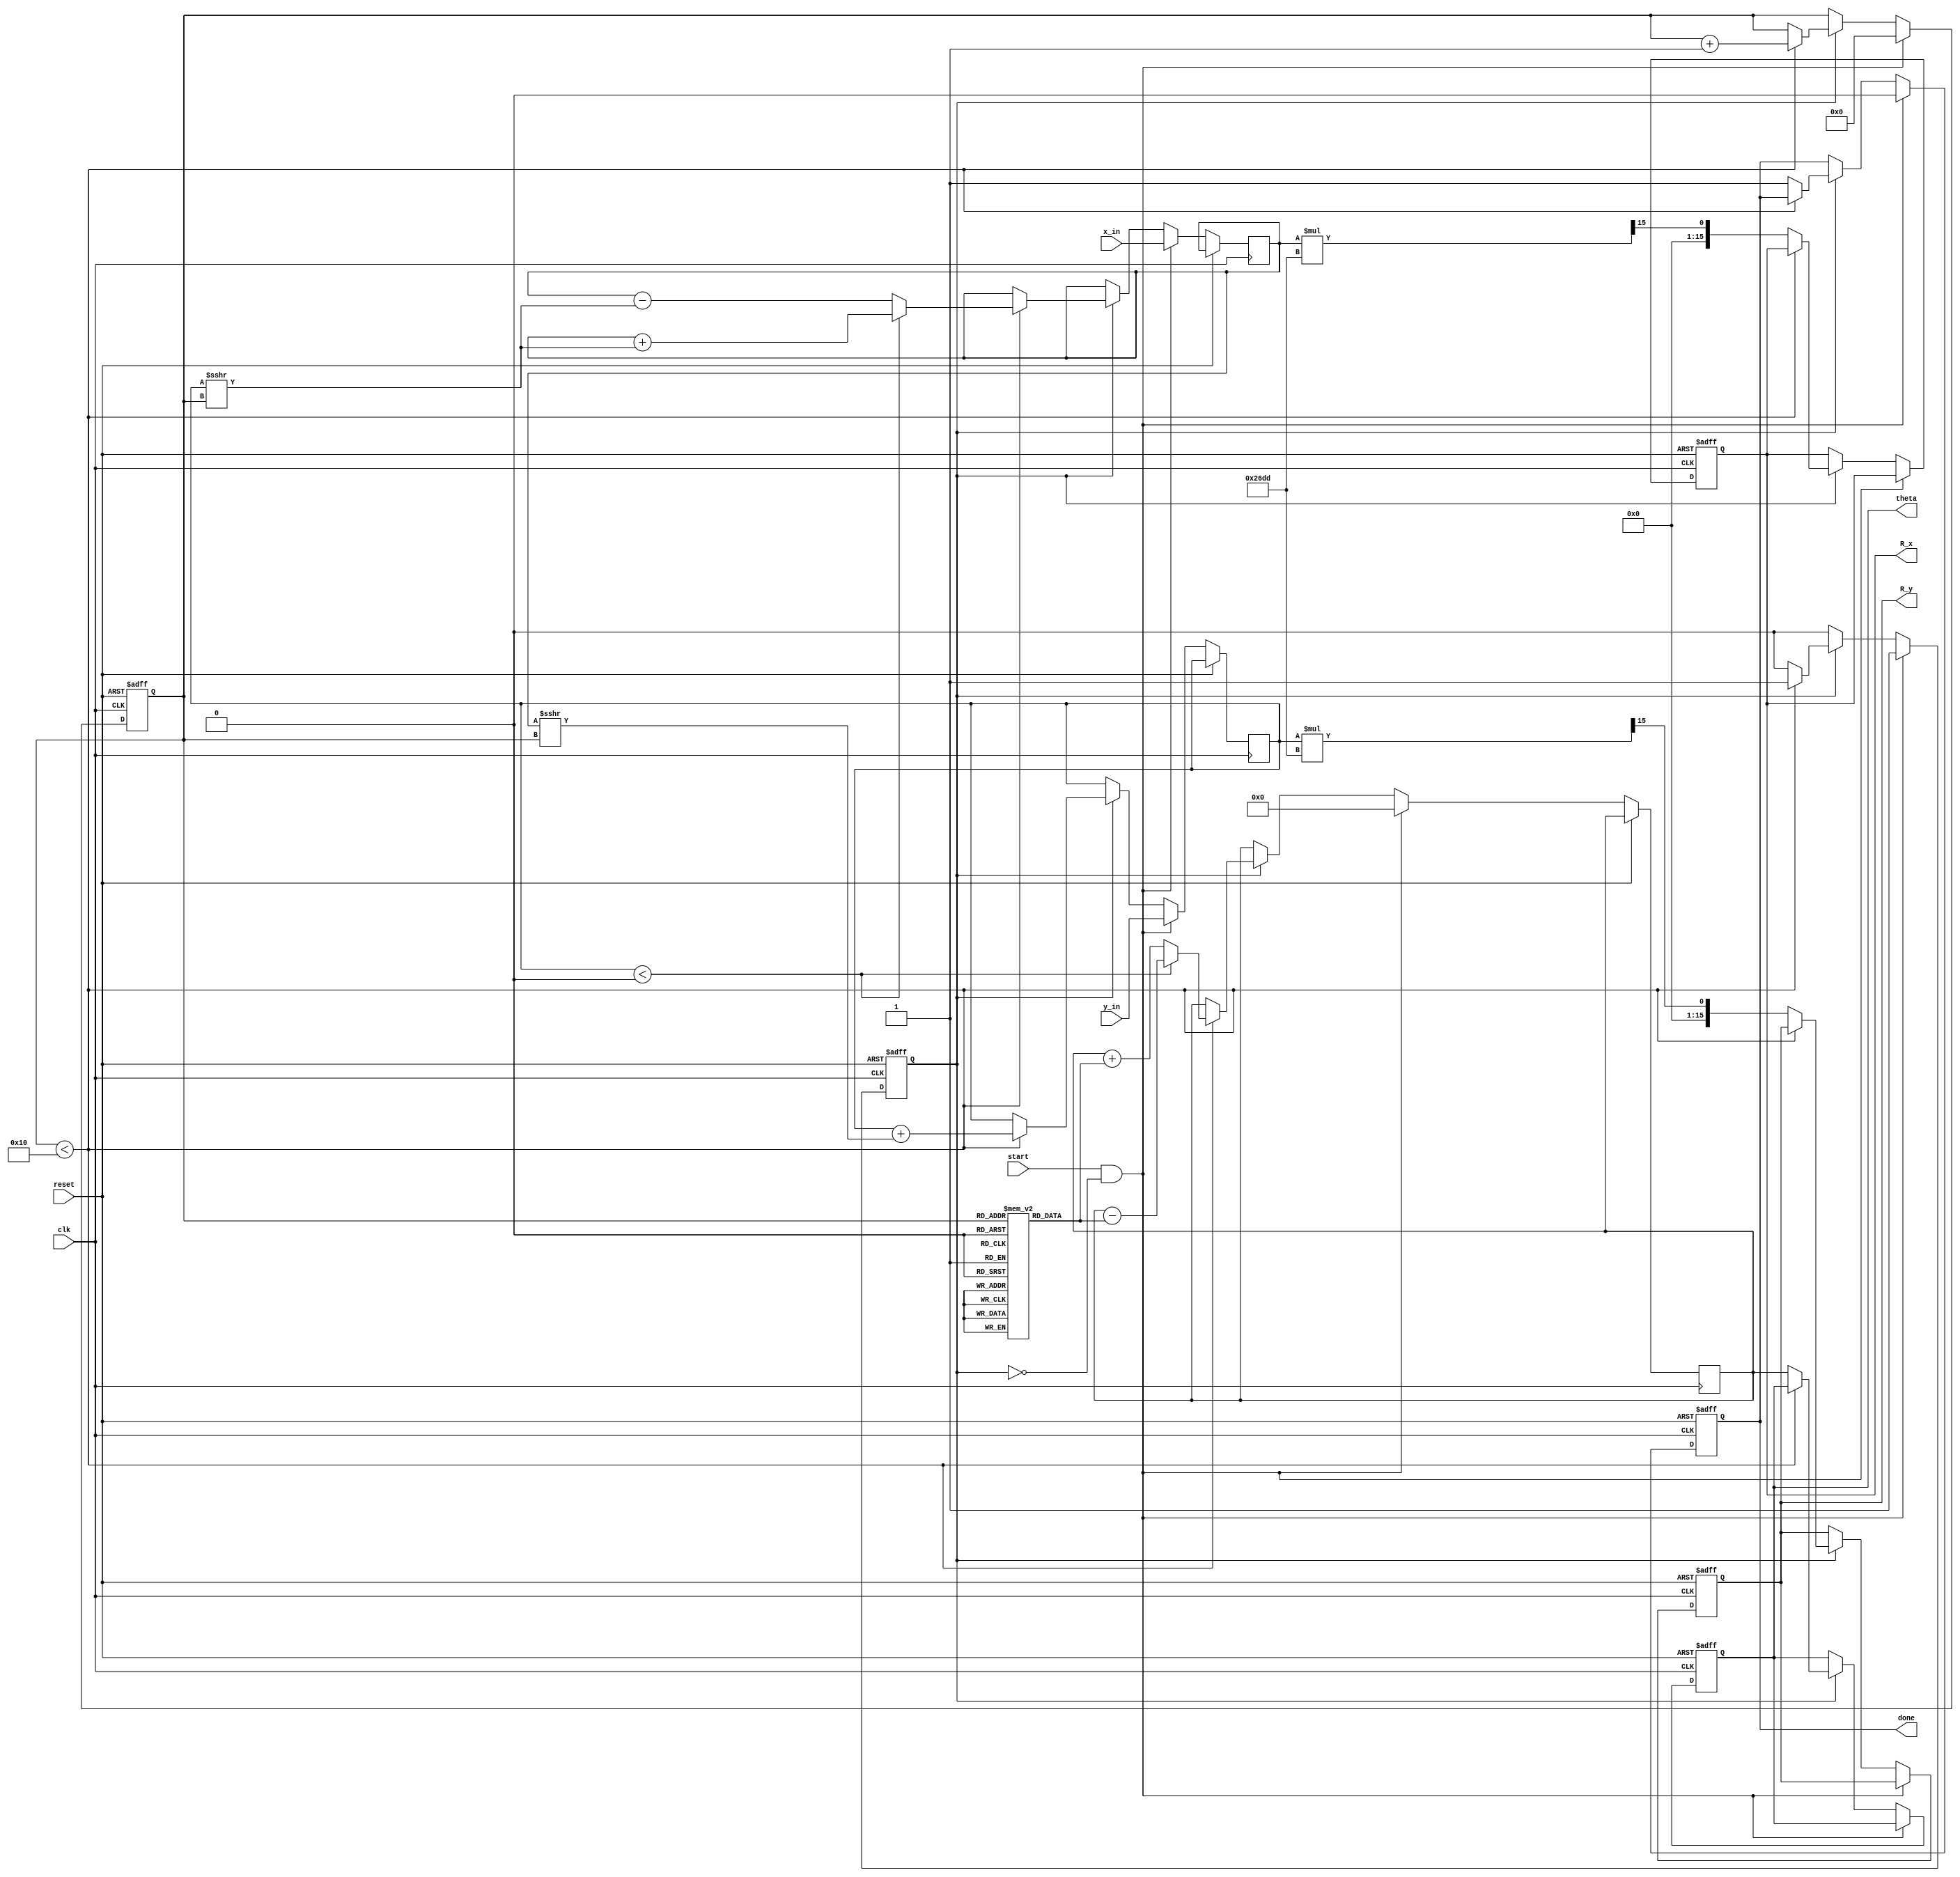
module vectoring_cordic #(
    parameter WIDTH = 16, // Bit width for fixed-point representation
    parameter ITERATIONS = 16 // Number of CORDIC iterations
)(
    input wire clk,
    input wire reset,
    input wire start,
    input wire signed [WIDTH-1:0] x_in, // Input X coordinate
    input wire signed [WIDTH-1:0] y_in, // Input Y coordinate
    output reg signed [WIDTH-1:0] R_x, // Resultant X coordinate
    output reg signed [WIDTH-1:0] R_y, // Resultant Y coordinate
    output reg signed [WIDTH-1:0] theta, // Computed angle
    output reg done // Computation done flag
);

// CORDIC rotation angles (arctangent values)
reg signed [WIDTH-1:0] atan_table [0:ITERATIONS-1];
initial begin
    // Predefined arctangent values for each iteration, scaled appropriately
    atan_table[0] = 16'h26DD; // atan(2^-0)
    atan_table[1] = 16'h1D7A; // atan(2^-1)
    atan_table[2] = 16'h13B2; // atan(2^-2)
    atan_table[3] = 16'h0A8F; // atan(2^-3)
    atan_table[4] = 16'h0523; // atan(2^-4)
    atan_table[5] = 16'h0299; // atan(2^-5)
    atan_table[6] = 16'h0149; // atan(2^-6)
    atan_table[7] = 16'h00A2; // atan(2^-7)
    atan_table[8] = 16'h0051; // atan(2^-8)
    atan_table[9] = 16'h0028; // atan(2^-9)
    atan_table[10] = 16'h0014; // atan(2^-10)
    atan_table[11] = 16'h000A; // atan(2^-11)
    atan_table[12] = 16'h0005; // atan(2^-12)
    atan_table[13] = 16'h0002; // atan(2^-13)
    atan_table[14] = 16'h0001; // atan(2^-14)
    atan_table[15] = 16'h0000; // atan(2^-15)
end

// Internal registers
reg signed [WIDTH-1:0] x, y;
reg signed [WIDTH-1:0] z; // Angle accumulator
reg [3:0] iteration; // Iteration counter
reg processing; // Processing flag

// Scaling factor (for output normalization)
localparam SCALING_FACTOR = 16'h26DD; // Approximate scaling factor for 16 iterations

// Control Logic
always @(posedge clk or posedge reset) begin
    if (reset) begin
        R_x <= 0;
        R_y <= 0;
        theta <= 0;
        done <= 0;
        iteration <= 0;
        processing <= 0;
    end else if (start && !processing) begin
        // Load inputs and initialize
        x <= x_in;
        y <= y_in;
        z <= 0;
        iteration <= 0;
        processing <= 1;
        done <= 0;
    end else if (processing) begin
        if (iteration < ITERATIONS) begin
            // CORDIC rotation logic
            if (y < 0) begin
                // Clockwise rotation
                x <= x + (y >>> iteration);
                y <= y + (x >>> iteration);
                z <= z - atan_table[iteration];
            end else begin
                // Counter-clockwise rotation
                x <= x - (y >>> iteration);
                y <= y + (x >>> iteration);
                z <= z + atan_table[iteration];
            end
            iteration <= iteration + 1;
        end else begin
            // Final scaling
            R_x <= x * SCALING_FACTOR >>> (ITERATIONS - 1);
            R_y <= y * SCALING_FACTOR >>> (ITERATIONS - 1);
            theta <= z;
            done <= 1;
            processing <= 0;
        end
    end
end

endmodule